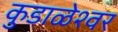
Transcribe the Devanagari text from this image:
कुडाळेश्वर